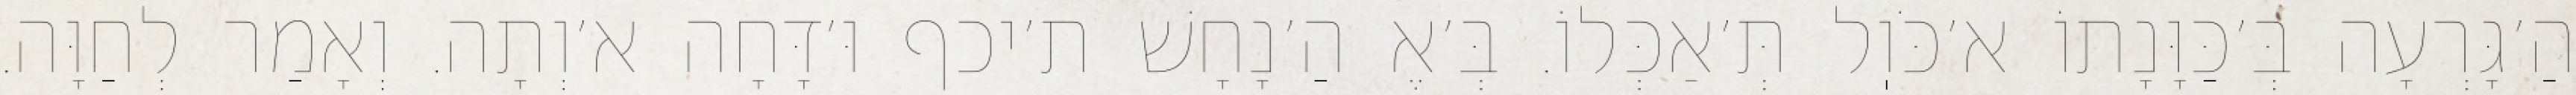
הַ׳גָּרְעָה בְּ׳כַּוָּנָתוֹ א׳כֹּוֽל תְּ׳אַכְּלוֹ. בְּ׳אֶ הַ׳נָחָשׁ ת׳יכף וּ׳דָּחָה א׳וְתָה. וְאָמַר לְחַוָּה.